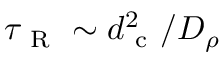
\tau _ { \mathrm { ~ R ~ } } \sim d _ { \mathrm { ~ c ~ } } ^ { 2 } / D _ { \rho }